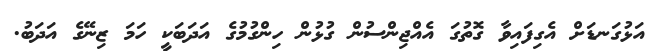
އަޅުގަނޑަށް އެގިފައިވާ ގޮތުގަ އެއްޖިންސުން ގުޅުން ހިންގުމުގެ އަދަބަކީ ހަމަ ޒިނޭގެ އަދަބު.